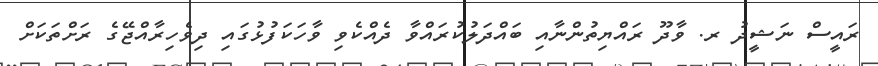
ރައީސް ނަޝީދު ރ. ވާދޫ ރައްޔިތުންނާއި ބައްދަލުކުރައްވާ ދެއްކެވި ވާހަކަފުޅުގައި ދިވެހިރާއްޖޭގެ ރަށްތަކަށް